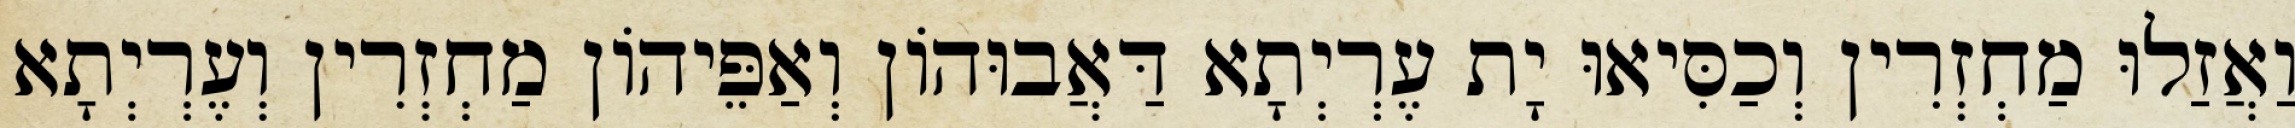
וַאֲזַלוּ מַחְזְרִין וְכַסִּיאוּ יָת עֶרְיְתָא דַּאֲבוּהוֹן וְאַפֵּיהוֹן מַחְזְרִין וְעֶרְיְתָא